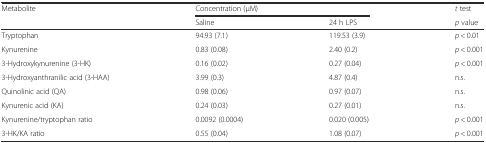
<table><thead><tr><td rowspan="2"><b>Metabolite</b></td><td colspan="2"><b>Concentration (μM)</b></td><td><b><i>t</i> test</b></td></tr><tr><td><b>Saline</b></td><td><b>24 h LPS</b></td><td><b><i>p</i> value</b></td></tr></thead><tbody><tr><td>Tryptophan</td><td>94.93 (7.1)</td><td>119.53 (3.9)</td><td><i>p</i> &lt; 0.01</td></tr><tr><td>Kynurenine</td><td>0.83 (0.08)</td><td>2.40 (0.2)</td><td><i>p</i> &lt; 0.001</td></tr><tr><td>3-Hydroxykynurenine (3-HK)</td><td>0.16 (0.02)</td><td>0.27 (0.04)</td><td><i>p</i> &lt; 0.001</td></tr><tr><td>3-Hydroxyanthranilic acid (3-HAA)</td><td>3.99 (0.3)</td><td>4.87 (0.4)</td><td>n.s.</td></tr><tr><td>Quinolinic acid (QA)</td><td>0.98 (0.06)</td><td>0.97 (0.07)</td><td>n.s.</td></tr><tr><td>Kynurenic acid (KA)</td><td>0.24 (0.03)</td><td>0.27 (0.01)</td><td>n.s.</td></tr><tr><td>Kynurenine/tryptophan ratio</td><td>0.0092 (0.0004)</td><td>0.020 (0.005)</td><td><i>p</i> &lt; 0.001</td></tr><tr><td>3-HK/KA ratio</td><td>0.55 (0.04)</td><td>1.08 (0.07)</td><td><i>p</i> &lt; 0.001</td></tr></tbody></table>